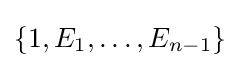
\{1,E_{1},\ldots ,E_{n-1}\}